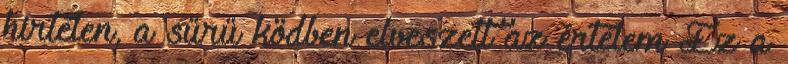
hirtelen, a sűrű ködben elveszett az értelem Ez a